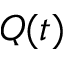
Q ( t )